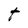
Character: t